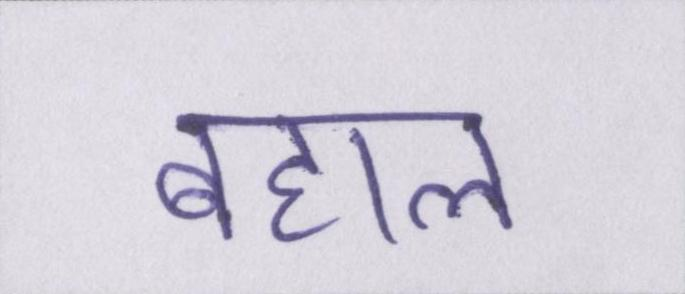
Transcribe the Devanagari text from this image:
बहाल